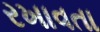
રખાવતા